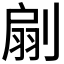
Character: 𠞛